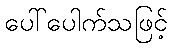
ပေါ်ပေါက်သဖြင့်